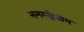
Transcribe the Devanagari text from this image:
समस्त्त्रोतीय